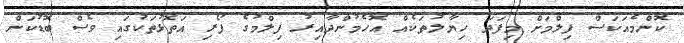
ކޮންމެއަަކަސް ފިލްމަށް މިފަދަ ހިޔާލުތަކެއް އޮހެމުންދާއިރު ފިލްމުގެ ފޯރި އަތޮޅުތަކުގައި ވެސް ބޮޑުކަން